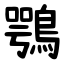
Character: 鶚